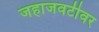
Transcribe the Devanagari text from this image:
जहाजवटीवर